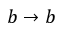
b \rightarrow b